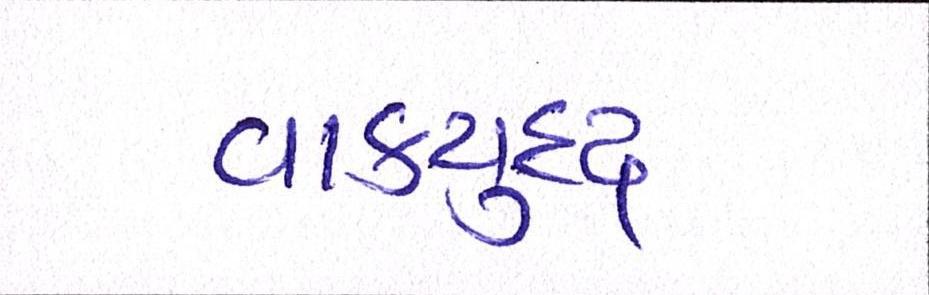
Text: વાકયુદ્ધ